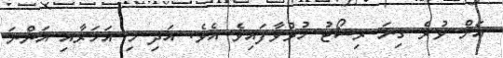
އަށް ވުރެ ގިނަ ރިސޯޓު ހުޅުވާފައިވެ އެވެ. އަދި މި އަހަރާއި އަންނަ